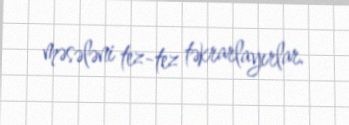
məsələni tez-tez təkrarlayırlar.